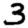
Digit: 3